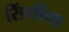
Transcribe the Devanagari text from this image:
सिंधींना